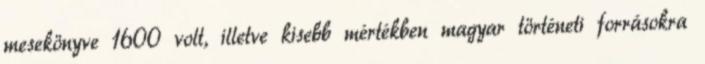
mesekönyve 1600 volt, illetve kisebb mértékben magyar történeti forrásokra